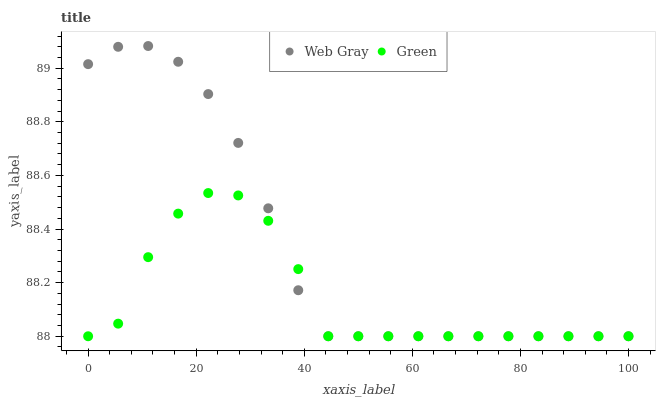
| xaxis_label | Web Gray | Green |
 | --- | --- | --- |
 | 0 | 89 | 88 |
 | 5.56 | 89.1 | 88 |
 | 11.1 | 89.1 | 88.3 |
 | 16.7 | 89 | 88.5 |
 | 22.2 | 88.9 | 88.5 |
 | 27.8 | 88.7 | 88.5 |
 | 33.3 | 88.5 | 88.4 |
 | 38.9 | 88.2 | 88.3 |
 | 44.4 | 88 | 88 |
 | 50 | 88 | 88 |
 | 55.6 | 88 | 88 |
 | 61.1 | 88 | 88 |
 | 66.7 | 88 | 88 |
 | 72.2 | 88 | 88 |
 | 77.8 | 88 | 88 |
 | 83.3 | 88 | 88 |
 | 88.9 | 88 | 88 |
 | 94.4 | 88 | 88 |
 | 100 | 88 | 88 |